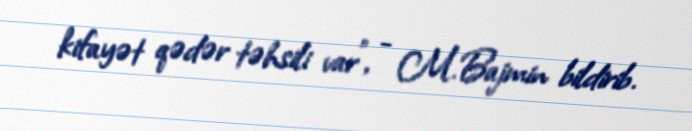
kifayət qədər təhsili var”, - M.Bajmin bildirib.